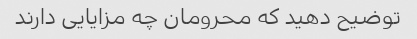
توضیح دهید که محرومان چه مزایایی دارند